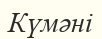
Күмәні